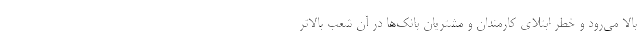
بالا می‌رود و خطر ابتلای کارمندان و مشتریان بانک‌ها در آن شعب بالاتر